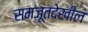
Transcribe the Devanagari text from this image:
समजूतदेखील